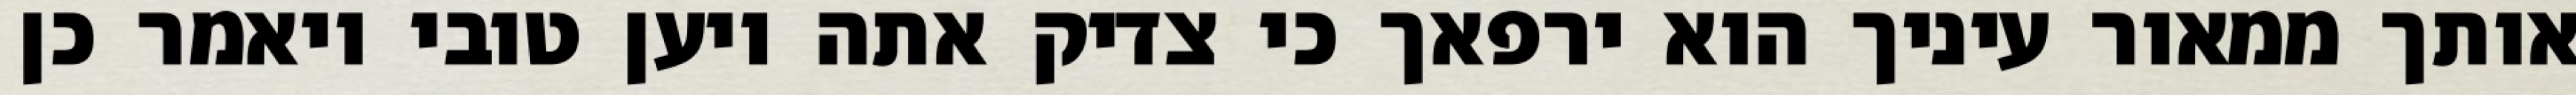
אותך ממאור עיניך הוא ירפאך כי צדיק אתה ויען טובי ויאמר כן